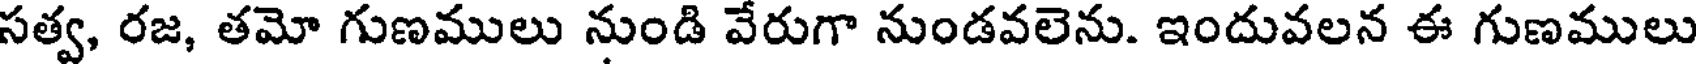
సత్వ, రజ, తమో గుణములు నుండి వేరుగా నుండవలెను. ఇందువలన ఈ గుణములు